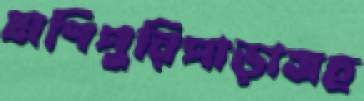
মণিপুরিপাড়াসহ